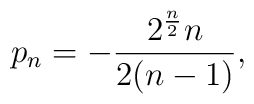
p_{n}=-{\frac{2^{\frac{n}{2}}n}{2(n-1)}},